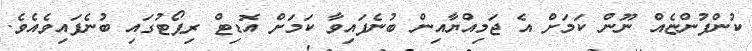
ކުންފުންޏެއް ނޫން ކަމަށް އެ ޖަމިއްޔާއިން ބުނެފައިވާ ކަމަށް އޮޑިޓް ރިޕޯޓުގައި ބުނެފައިވެއެވެ.